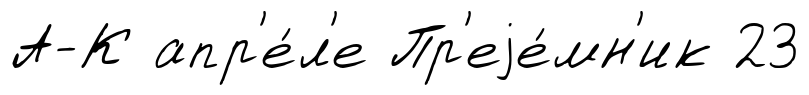
А-К апр'е́л'е Пр'еjе́мн'ик 23